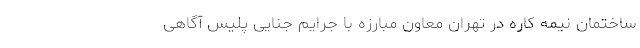
ساختمان نیمه کاره در تهران معاون مبارزه با جرایم جنایی پلیس آگاهی